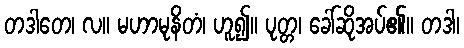
တဒါတေ၊ လ။ မဟာမုနိတံ၊ ဟူ၍။ ပုတ္တ၊ ခေါ်ဆိုအပ်၏။ တဒါ၊